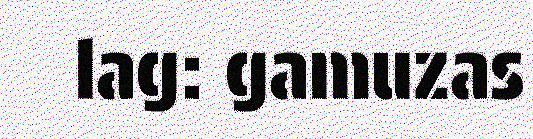
lag: gamuzas